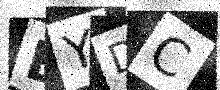
Text: BYDC